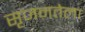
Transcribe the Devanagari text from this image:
सृजनतेला